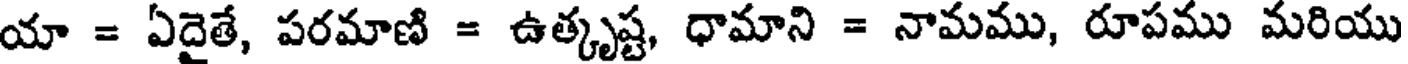
యా = ఏదైతే, పరమాణి = ఉత్కృష్ట, ధామాని = నామము, రూపము మరియు